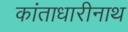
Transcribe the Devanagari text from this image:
कांताधारीनाथ